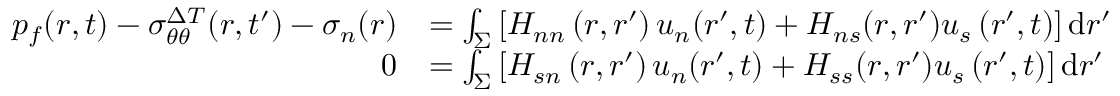
\begin{array} { r l } { p _ { f } ( r , t ) - \sigma _ { \theta \theta } ^ { \Delta T } ( r , t ^ { \prime } ) - \sigma _ { n } ( r ) } & { = \int _ { \Sigma } \left[ H _ { n n } \left( r , r ^ { \prime } \right) u _ { n } ( r ^ { \prime } , t ) + H _ { n s } ( r , r ^ { \prime } ) u _ { s } \left( r ^ { \prime } , t \right) \right] \mathrm { d } r ^ { \prime } } \\ { 0 } & { = \int _ { \Sigma } \left[ H _ { s n } \left( r , r ^ { \prime } \right) u _ { n } ( r ^ { \prime } , t ) + H _ { s s } ( r , r ^ { \prime } ) u _ { s } \left( r ^ { \prime } , t \right) \right] \mathrm { d } r ^ { \prime } } \end{array}